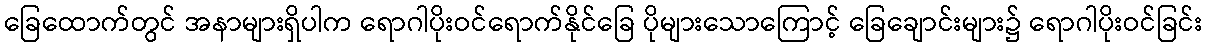
ခြေထောက်တွင် အနာများရှိပါက ရောဂါပိုးဝင်ရောက်နိုင်ခြေ ပိုများသောကြောင့် ခြေချောင်းများ၌ ရောဂါပိုးဝင်ခြင်း